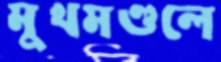
মুখমণ্ডলে